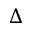
\Delta